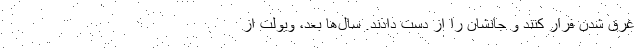
غرق شدن فرار کنند و جانشان را از دست دادند. سال‌ها بعد، ویولت از